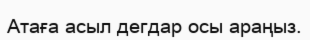
Атаға асыл дегдар осы араңыз.